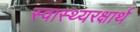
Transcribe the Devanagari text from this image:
स्वास्थ्यरक्षार्थ